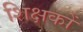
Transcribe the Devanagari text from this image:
शिक्षकोँ